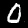
Digit: 0